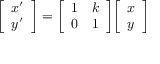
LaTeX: { \left[ \begin{array} { l } { x ^ { \prime } } \\ { y ^ { \prime } } \end{array} \right] } = { \left[ \begin{array} { l l } { 1 } & { k } \\ { 0 } & { 1 } \end{array} \right] } { \left[ \begin{array} { l } { x } \\ { y } \end{array} \right] }